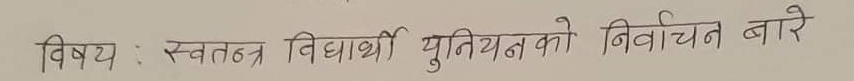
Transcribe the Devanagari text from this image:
विषय : स्वतन्त्र विद्यार्थी युनियनको निर्वाचन बारे